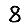
Digit: 8